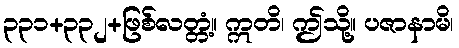
၃၃၁+၃၃၂+ဖြစ်လတ္တံ့။ ဣတိ၊ ဤသို့။ ပဇာနာမိ၊